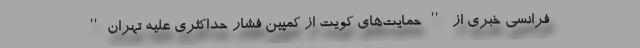
فرانسی خبری از ''حمایت‌های کویت از کمپین فشار حداکثری علیه تهران''